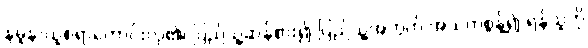
နမူနာယူစရာကောင်းလှ၏၊ ပြည်သူ့ဆန်စား၍ ပြည်သူ့အတွက် အသက်စွန့်၍ ရန်သူကို